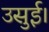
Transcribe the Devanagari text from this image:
उसुई।